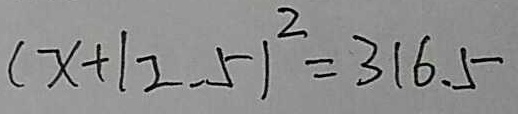
( x + 1 2 . 5 ) ^ { 2 } = 3 1 6 . 5